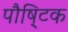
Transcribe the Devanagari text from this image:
पौषि्टक